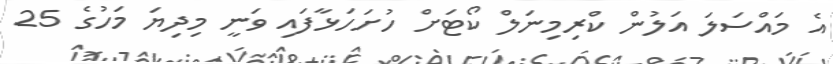
އެ މައްސަލަ އަލުން ކްރިމިނަލް ކޯޓަށް ހުށަހަޅާފައި ވަނީ މިދިޔަ މަހުގެ 25